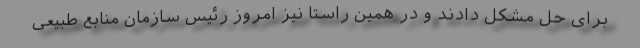
برای حل مشکل دادند و در همین راستا نیز امروز رئیس سازمان منابع طبیعی